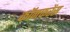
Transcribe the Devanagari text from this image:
कॉनफरेंस